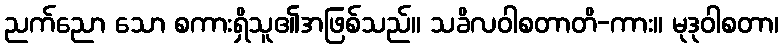
ညက်ညော သော စကားရှိသူ၏အဖြစ်သည်။ သခိလဝါစတာတိ-ကား။ မုဒုဝါစတာ၊